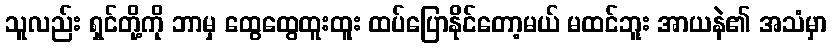
သူလည်း ရှင်တို့ကို ဘာမှ ထွေထွေထူးထူး ထပ်ပြောနိုင်တော့မယ် မထင်ဘူး အာယနဲ၏ အသံမှာ